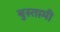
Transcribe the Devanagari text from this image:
बुस्तामी